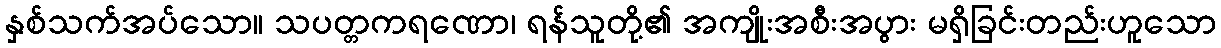
နှစ်သက်အပ်သော။ သပတ္တကရဏော၊ ရန်သူတို့၏ အကျိုးအစီးအပွား မရှိခြင်းတည်းဟူသော